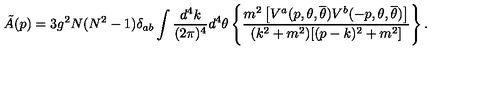
\tilde { A } ( p ) = 3 g ^ { 2 } N ( N ^ { 2 } - 1 ) \delta _ { a b } \int \frac { d ^ { 4 } k } { ( 2 \pi ) ^ { 4 } } d ^ { 4 } \theta \left\{ \frac { m ^ { 2 } \left[ V ^ { a } ( p , \theta , { \overline { \theta } } ) V ^ { b } ( - p , \theta , { \overline { \theta } } ) \right] } { ( k ^ { 2 } + m ^ { 2 } ) [ ( p - k ) ^ { 2 } + m ^ { 2 } ] } \right\} .